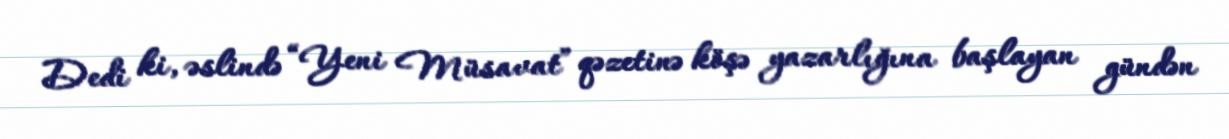
Dedi ki, əslində “Yeni Müsavat” qəzetinə köşə yazarlığına başlayan gündən